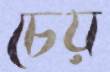
চেয়